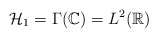
\begin{align*}\mathcal{H}_1=\Gamma(\mathbb{C})=L^2(\mathbb{R})\end{align*}